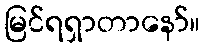
မြင်ရရှာတာနော်။